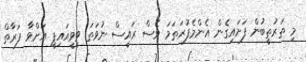
މި ތަރުތީބުން ފަށައިގެން އެންމެފުރަތަމަ ވެސް ރައީސް ނުވަތަ ވީވީއައިޕީ އަށްވާ ފަރާތް